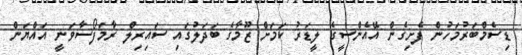
ޑިސެމްބަރުމަހުން ފެށިގެން އޭއެންސީގެ ލީޑަރު ކަމަށް ޒޫމާގެ ބަދަލުގައި ސައިރިލް ރާމަފޯސާވަނީ އައްޔަން